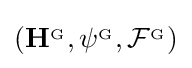
\left(\mathbf {H} ^{_{\mathrm {G} }},\psi ^{_{\mathrm {G} }},{\mathcal {F}}^{_{\mathrm {G} }}\right)